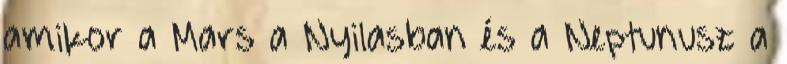
amikor a Mars a Nyilasban és a Neptunusz a